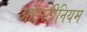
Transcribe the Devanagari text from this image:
आंइस्टीनियम